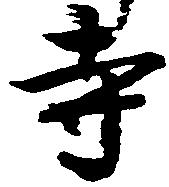
寺